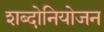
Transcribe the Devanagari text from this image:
शब्दोनियोजन